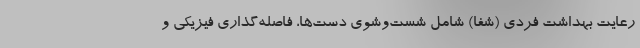
رعایت بهداشت فردی (شفا) شامل شست‌وشوی دست‌ها، فاصله‌گذاری فیزیکی و